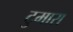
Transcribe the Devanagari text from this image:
टुमारा